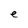
Character: e